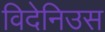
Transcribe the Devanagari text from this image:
विदेनिउस